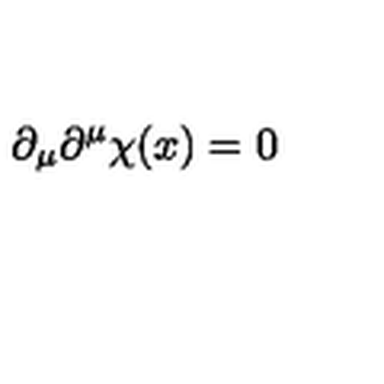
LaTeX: \partial _ { \mu } \partial ^ { \mu } \chi ( x ) = 0